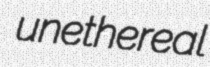
unethereal